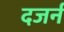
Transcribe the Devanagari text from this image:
दजर्न